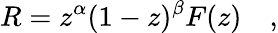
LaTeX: R=z^{\alpha}(1-z)^{\beta}F(z)\quad,